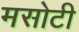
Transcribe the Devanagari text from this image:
मसोटी